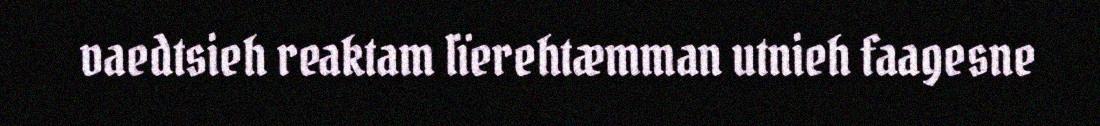
vaedtsieh reaktam lïerehtæmman utnieh faagesne